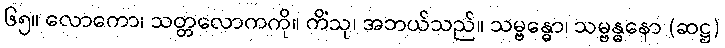
၆၅။ လောကော၊ သတ္တလောကကို။ ကိံသု၊ အဘယ်သည်။ သမ္ဗန္ဓော၊ သမ္ဗန္ဓနော (ဆဋ္ဌ)